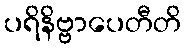
ပရိနိဗ္ဗာပေတီတိ